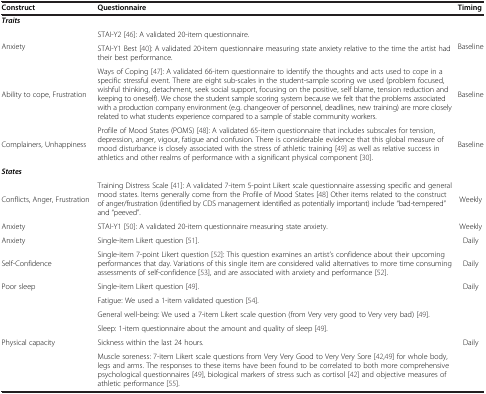
| Construct | Questionnaire | Timing |
 | --- | --- | --- |
 | <COLSPAN=3> Traits |
 | <ROWSPAN=2> Anxiety | STAI-Y2 [46]: A validated 20-item questionnaire. | <ROWSPAN=2> Baseline |
 | STAI-Y1 Best [40]: A validated 20-item questionnaire measuring state anxiety relative to the time the artist had their best performance. |
 | Ability to cope, Frustration | Ways of Coping [47]: A validated 66-item questionnaire to identify the thoughts and acts used to cope in a specific stressful event. There are eight sub-scales in the student-sample scoring we used (problem focused, wishful thinking, detachment, seek social support, focusing on the positive, self blame, tension reduction and keeping to oneself). We chose the student sample scoring system because we felt that the problems associated with a production company environment (e.g. changeover of personnel, deadlines, new training) are more closely related to what students experience compared to a sample of stable community workers. | Baseline |
 | Complainers, Unhappiness | Profile of Mood States (POMS) [48]: A validated 65-item questionnaire that includes subscales for tension, depression, anger, vigour, fatigue and confusion. There is considerable evidence that this global measure of mood disturbance is closely associated with the stress of athletic training [49] as well as relative success in athletics and other realms of performance with a significant physical component [30]. | Baseline |
 | <COLSPAN=3> States |
 | Conflicts, Anger, Frustration | Training Distress Scale [41]: A validated 7-item 5-point Likert scale questionnaire assessing specific and general mood states. Items generally come from the Profile of Mood States [48] Other items related to the construct of anger/frustration (identified by CDS management identified as potentially important) include “bad-tempered” and “peeved”. | Weekly |
 | Anxiety | STAI-Y1 [50]: A validated 20-item questionnaire measuring state anxiety. | Weekly |
 | Anxiety | Single-item Likert question [51]. | Daily |
 | Self-Confidence | Single-item 7-point Likert question [52]: This question examines an artist’s confidence about their upcoming performances that day. Variations of this single item are considered valid alternatives to more time consuming assessments of self-confidence [53], and are associated with anxiety and performance [52]. | Daily |
 | Poor sleep | Single-item Likert question [49]. | Daily |
 | <ROWSPAN=5> Physical capacity | Fatigue: We used a 1-item validated question [54]. | <ROWSPAN=5> Daily |
 | General well-being: We used a 7-item Likert scale question (from Very very good to Very very bad) [49]. |
 | Sleep: 1-item questionnaire about the amount and quality of sleep [49]. |
 | Sickness within the last 24 hours. |
 | Muscle soreness: 7-item Likert scale questions from Very Very Good to Very Very Sore [42,49] for whole body, legs and arms. The responses to these items have been found to be correlated to both more comprehensive psychological questionnaires [49], biological markers of stress such as cortisol [42] and objective measures of athletic performance [55]. |